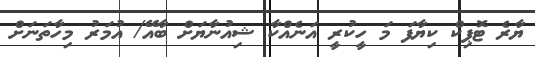
ޔާރެ ޓޮޕިކް ކިޔާފަ މަ ހީކުރީ އަނެއްކާ ޝިއުނާޔަށް ބާއޭ/ އުމަރު މިހާތަނަށް